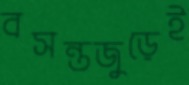
বসন্তজুড়েই